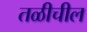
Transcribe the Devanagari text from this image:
तळीचील